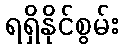
ရရှိနိုင်စွမ်း